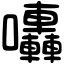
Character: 𡆀